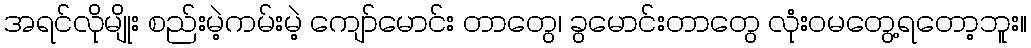
အရင်လိုမျိုး စည်းမဲ့ကမ်းမဲ့ ကျော်မောင်း တာတွေ၊ ခွမောင်းတာတွေ လုံးဝမတွေ့ရတော့ဘူး။